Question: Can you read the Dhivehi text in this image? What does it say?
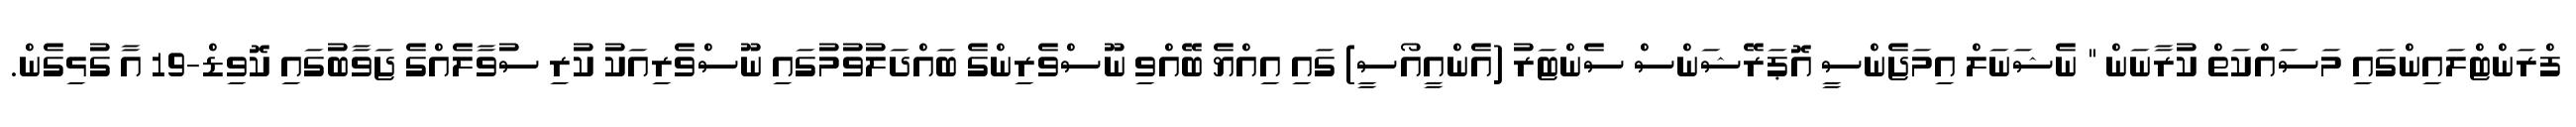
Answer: ފްރަންޓްލައިންގައި މަސައްކަތް ކުރާނަން " ނެޝަނަލް އިމަޖެންސީ އޮޕަރޭޝަންސް ސެންޓަރު (އެންއީއޯސީ) ގައި އިއްޔެ ބޭއްވި ނޫސްވެރިންގެ ބައްދަލުވުމުގައި ނޫސްވެރިއަކު ކުރި ސުވާލެއްގެ ޖަވާބުގައި ކޮވިޑް-19 އާ ގުޅިގެން.